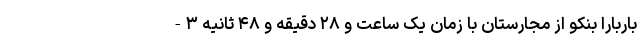
باربارا بنکو از مجارستان با زمان یک ساعت و ۲۸ دقیقه و ۴۸ ثانیه ۳-